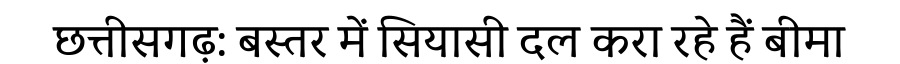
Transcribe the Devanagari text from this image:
छत्तीसगढ़: बस्तर में सियासी दल करा रहे हैं बीमा